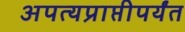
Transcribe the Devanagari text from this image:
अपत्यप्राप्तीपर्यंत